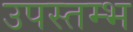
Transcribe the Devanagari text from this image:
उपस्तम्भ